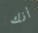
أنك